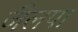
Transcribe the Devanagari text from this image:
जैलपा